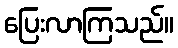
ပြေးလာကြသည်။